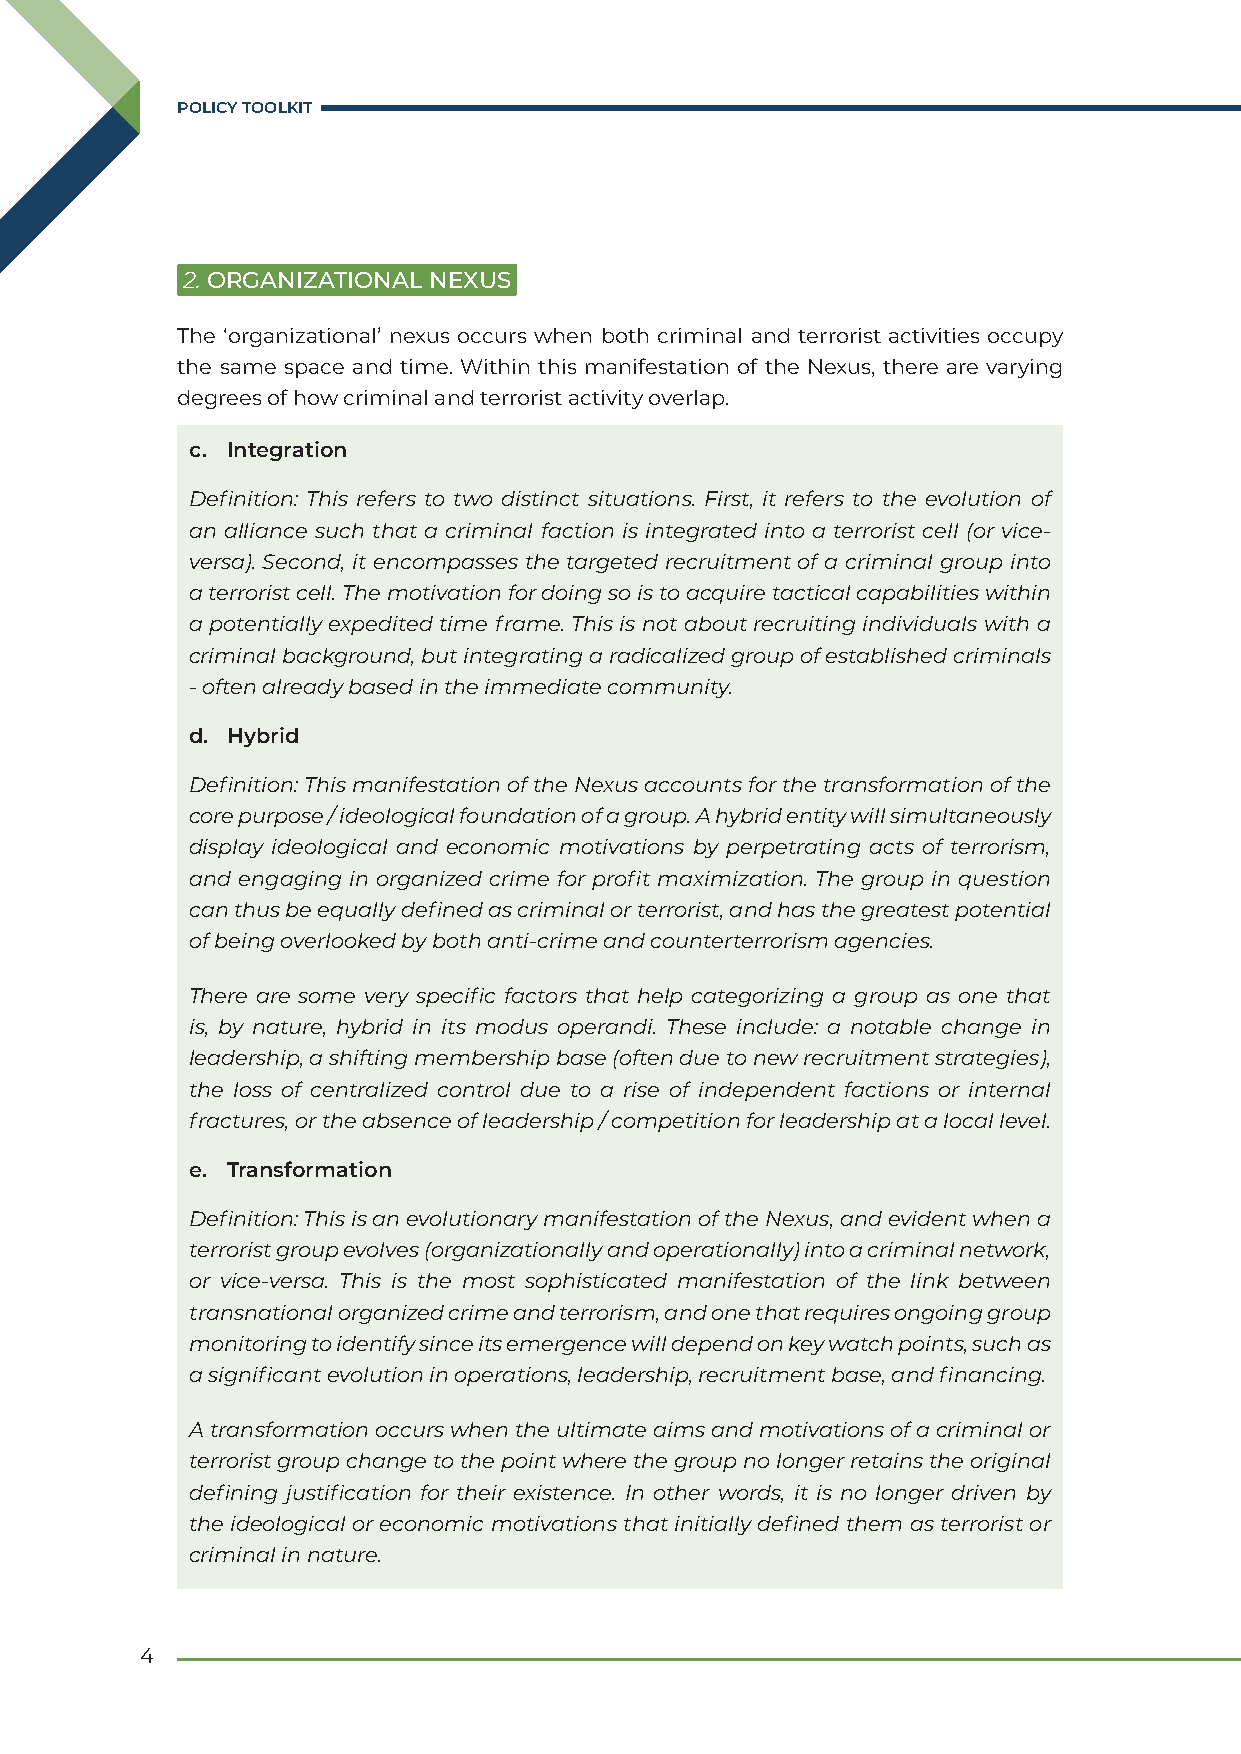
POLICY TOOLKIT
 2. ORGANIZATIONAL NEXUS
 The ‘organizational’ nexus occurs when both criminal and terrorist activities occupy
 the same space and time. Within this manifestation of the Nexus, there are varying
 degrees of how criminal and terrorist activity overlap.
 c. Integration
 Definition: This refers to two distinct situations. First, it refers to the evolution of
 an alliance such that a criminal faction is integrated into a terrorist cell (or vice-
 versa). Second, it encompasses the targeted recruitment of a criminal group into
 a terrorist cell. The motivation for doing so is to acquire tactical capabilities within
 a potentially expedited time frame. This is not about recruiting individuals with a
 criminal background, but integrating a radicalized group of established criminals
 - often already based in the immediate community.
 d. Hybrid
 Definition: This manifestation of the Nexus accounts for the transformation of the
 core purpose / ideological foundation of a group. A hybrid entity will simultaneously
 display ideological and economic motivations by perpetrating acts of terrorism,
 and engaging in organized crime for profit maximization. The group in question
 can thus be equally defined as criminal or terrorist, and has the greatest potential
 of being overlooked by both anti-crime and counterterrorism agencies.
 There are some very specific factors that help categorizing a group as one that
 is, by nature, hybrid in its modus operandi. These include: a notable change in
 leadership, a shifting membership base (often due to new recruitment strategies),
 the loss of centralized control due to a rise of independent factions or internal
 fractures, or the absence of leadership / competition for leadership at a local level.
 e. Transformation
 Definition: This is an evolutionary manifestation of the Nexus, and evident when a
 terrorist group evolves (organizationally and operationally) into a criminal network,
 or vice-versa. This is the most sophisticated manifestation of the link between
 transnational organized crime and terrorism, and one that requires ongoing group
 monitoring to identify since its emergence will depend on key watch points, such as
 a significant evolution in operations, leadership, recruitment base, and financing.
 A transformation occurs when the ultimate aims and motivations of a criminal or
 terrorist group change to the point where the group no longer retains the original
 defining justification for their existence. In other words, it is no longer driven by
 the ideological or economic motivations that initially defined them as terrorist or
 criminal in nature.
 4